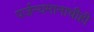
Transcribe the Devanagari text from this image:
पर्जन्यमानाचीही